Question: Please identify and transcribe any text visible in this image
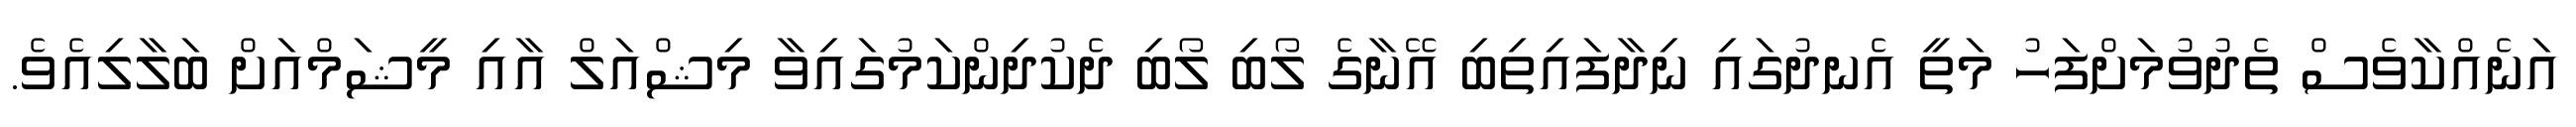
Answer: އަނެއްކާވެސް ތެދުވުމަށްފަހު މަތީ އެނދުގައި ނިދާފައިތިބި އޭނާގެ ލޯބި ލޯބި ދެކުދިންކަމުގައިވާ މިޝްއަލް އާއި މީޝަމްއަށް ބަލާލިއެވެ.